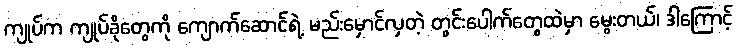
ကျုပ်က ကျုပ်ခိုတွေကို ကျောက်ဆောင်ရဲ့ မည်းမှောင်လှတဲ့ တွင်းပေါက်တွေထဲမှာ မွေးတယ်၊ ဒါကြောင့်